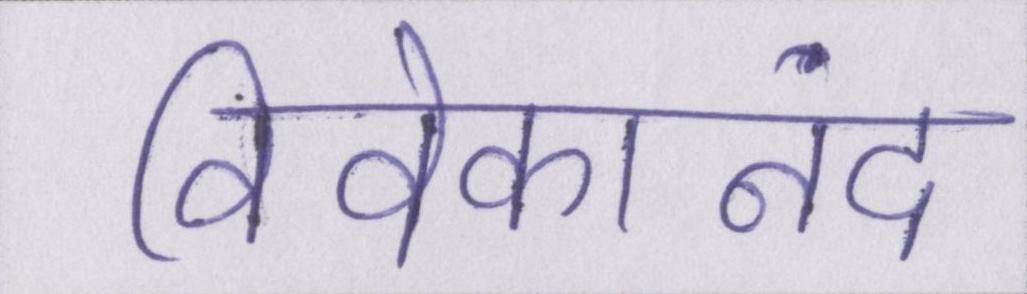
विवेकानंद